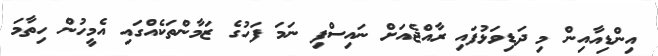
އިންޑިއާއިން މި ދަޑިވަޅުފައި ރާއްޖެއަށް ނައިސްފި ނަމަ ފަހުގެ ޒަމާންތަކެއްގައި އެމީހުން ހިތާމަ